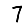
Digit: 7